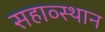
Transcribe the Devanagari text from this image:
सहाव्स्थान